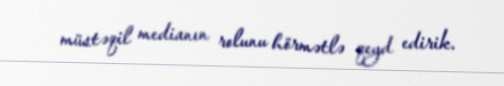
müstəqil medianın rolunu hörmətlə qeyd edirik.